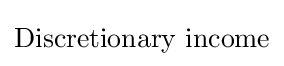
{\text{Discretionary income}}